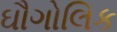
ઘૌગોલિક